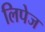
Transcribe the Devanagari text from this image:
लिपेज